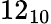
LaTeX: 12_{10}